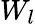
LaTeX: W_{l}